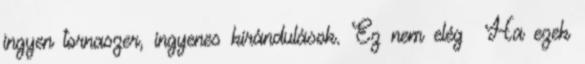
ingyen tornaszer, ingyenes kirándulások. Ez nem elég Ha ezek